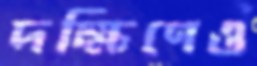
দক্ষিণেও